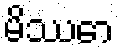
မိဿော